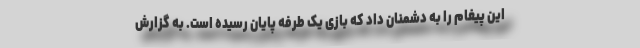
این پیغام را به دشمنان داد که بازی یک طرفه پایان رسیده است. به گزارش